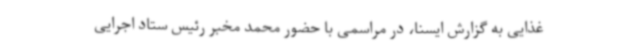
غذایی به گزارش ایسنا، در مراسمی با حضور محمد مخبر رئیس ستاد اجرایی